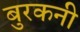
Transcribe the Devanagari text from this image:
बुरकनी